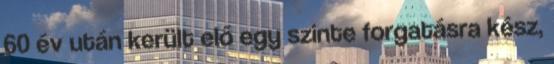
60 év után került elő egy szinte forgatásra kész,